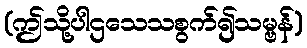
(ဤသို့ပါဌသေသစွက်၍သမ္ဗန်)